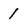
Character: 1